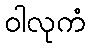
ဝါလုကံ